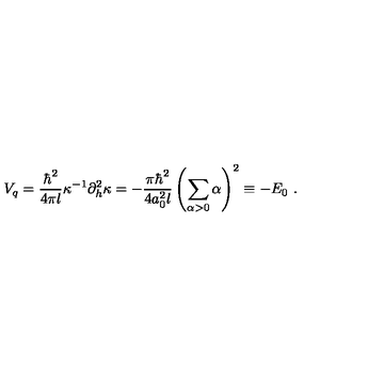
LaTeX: V _ { q } = \frac { \hbar ^ { 2 } } { 4 \pi l } \kappa ^ { - 1 } \partial _ { h } ^ { 2 } \kappa = - \frac { \pi \hbar ^ { 2 } } { 4 a _ { 0 } ^ { 2 } l } \left( \sum _ { \alpha > 0 } \alpha \right) ^ { 2 } \equiv - E _ { 0 } \ .